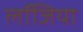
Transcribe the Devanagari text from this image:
लॉजिया